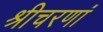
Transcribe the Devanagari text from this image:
श्रीचरणां